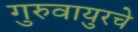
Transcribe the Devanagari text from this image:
गुरुवायुरचे